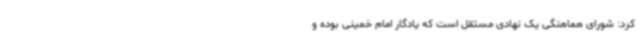
کرد: شورای هماهنگی یک نهادی مستقل است که یادگار امام خمینی بوده و